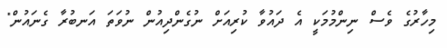
މިހާރުގެ ވެސް ނިންމުމަކީ އެ ދައުވާ ކުރިއަށް ނުގެންދިއުން ނުވަތަ އަނބުރާ ގެނައުން"